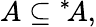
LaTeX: A\subseteq{^{*}\! A},